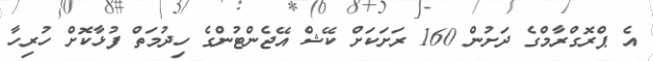
އެ ޕްރޮގްރާމްގެ ދަށުން 160 ރަށަކަށް ކޭޝް އޭޖެންޓުންގެ ހިދުމަތް ފުޅާކޮށް ހުރިހާ